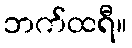
ဘက်ထရီ။